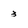
Character: 3